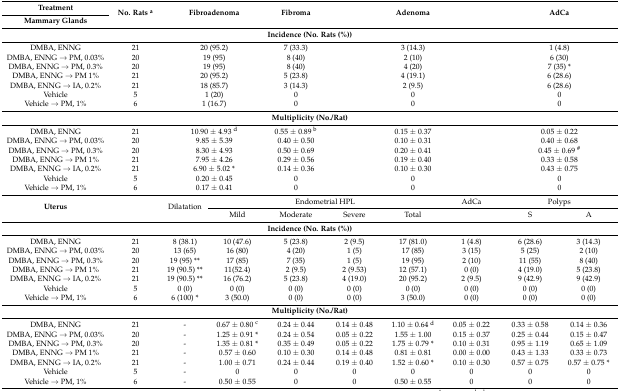
<table><thead><tr><td><b>Treatment</b></td><td rowspan="2"><b>No. Rats <sup>a</sup></b></td><td rowspan="2" colspan="2"><b>Fibroadenoma</b></td><td rowspan="2"><b>Fibroma</b></td><td rowspan="2" colspan="3"><b>Adenoma</b></td><td rowspan="2" colspan="2"><b>AdCa</b></td></tr><tr><td><b>Mammary Glands</b></td></tr></thead><tbody><tr><td colspan="10"><b>Incidence (No. Rats (%))</b></td></tr><tr><td>DMBA, ENNG</td><td>21</td><td colspan="2">20 (95.2)</td><td>7 (33.3)</td><td colspan="3">3 (14.3)</td><td colspan="2">1 (4.8)</td></tr><tr><td>DMBA, ENNG → PM, 0.03%</td><td>20</td><td colspan="2">19 (95)</td><td>8 (40)</td><td colspan="3">2 (10)</td><td colspan="2">6 (30)</td></tr><tr><td>DMBA, ENNG → PM, 0.3%</td><td>20</td><td colspan="2">19 (95)</td><td>8 (40)</td><td colspan="3">4 (20)</td><td colspan="2">7 (35) *</td></tr><tr><td>DMBA, ENNG → PM 1%</td><td>21</td><td colspan="2">20 (95.2)</td><td>5 (23.8)</td><td colspan="3">4 (19.1)</td><td colspan="2">6 (28.6)</td></tr><tr><td>DMBA, ENNG → IA, 0.2%</td><td>21</td><td colspan="2">18 (85.7)</td><td>3 (14.3)</td><td colspan="3">2 (9.5)</td><td colspan="2">6 (28.6)</td></tr><tr><td>Vehicle</td><td>5</td><td colspan="2">1 (20)</td><td>0</td><td colspan="3">0</td><td colspan="2">0</td></tr><tr><td>Vehicle → PM, 1%</td><td>6</td><td colspan="2">1 (16.7)</td><td>0</td><td colspan="3">0</td><td colspan="2">0</td></tr><tr><td colspan="10"><b>Multiplicity (No./Rat)</b></td></tr><tr><td>DMBA, ENNG</td><td>21</td><td colspan="2">10.90 ± 4.93 <sup>d</sup></td><td>0.55 ± 0.89 <sup>b</sup></td><td colspan="3">0.15 ± 0.37</td><td colspan="2">0.05 ± 0.22</td></tr><tr><td>DMBA, ENNG → PM, 0.03%</td><td>20</td><td colspan="2">9.85 ± 5.39</td><td>0.40 ± 0.50</td><td colspan="3">0.10 ± 0.31</td><td colspan="2">0.40 ± 0.68</td></tr><tr><td>DMBA, ENNG → PM, 0.3%</td><td>20</td><td colspan="2">8.30 ± 4.93</td><td>0.50 ± 0.69</td><td colspan="3">0.20 ± 0.41</td><td colspan="2">0.45 ± 0.69 <sup>#</sup></td></tr><tr><td>DMBA, ENNG → PM 1%</td><td>21</td><td colspan="2">7.95 ± 4.26</td><td>0.29 ± 0.56</td><td colspan="3">0.19 ± 0.40</td><td colspan="2">0.33 ± 0.58</td></tr><tr><td>DMBA, ENNG → IA, 0.2%</td><td>21</td><td colspan="2">6.90 ± 5.02 *</td><td>0.14 ± 0.36</td><td colspan="3">0.10 ± 0.30</td><td colspan="2">0.43 ± 0.75</td></tr><tr><td>Vehicle</td><td>5</td><td colspan="2">0.20 ± 0.45</td><td>0</td><td colspan="3">0</td><td colspan="2">0</td></tr><tr><td>Vehicle → PM, 1%</td><td>6</td><td colspan="2">0.17 ± 0.41</td><td>0</td><td colspan="3">0</td><td colspan="2">0</td></tr><tr><td rowspan="2"><b>Uterus</b></td><td rowspan="2"></td><td rowspan="2">Dilatation</td><td colspan="4">Endometrial HPL</td><td>AdCa</td><td colspan="2">Polyps</td></tr><tr><td>Mild</td><td>Moderate</td><td>Severe</td><td>Total</td><td></td><td>S</td><td>A</td></tr><tr><td colspan="10"><b>Incidence (No. Rats (%))</b></td></tr><tr><td>DMBA, ENNG</td><td>21</td><td>8 (38.1)</td><td>10 (47.6)</td><td>5 (23.8)</td><td>2 (9.5)</td><td>17 (81.0)</td><td>1 (4.8)</td><td>6 (28.6)</td><td>3 (14.3)</td></tr><tr><td>DMBA, ENNG → PM, 0.03%</td><td>20</td><td>13 (65)</td><td>16 (80)</td><td>4 (20)</td><td>1 (5)</td><td>17 (85)</td><td>3 (15)</td><td>5 (25)</td><td>2 (10)</td></tr><tr><td>DMBA, ENNG → PM, 0.3%</td><td>20</td><td>19 (95) **</td><td>17 (85)</td><td>7 (35)</td><td>1 (5)</td><td>19 (95)</td><td>2 (10)</td><td>11 (55)</td><td>8 (40)</td></tr><tr><td>DMBA, ENNG → PM 1%</td><td>21</td><td>19 (90.5) **</td><td>11(52.4)</td><td>2 (9.5)</td><td>2 (9.53)</td><td>12 (57.1)</td><td>0 (0)</td><td>4 (19.0)</td><td>5 (23.8)</td></tr><tr><td>DMBA, ENNG → IA, 0.2%</td><td>21</td><td>19 (90.5) **</td><td>16 (76.2)</td><td>5 (23.8)</td><td>4 (19.0)</td><td>20 (95.2)</td><td>2 (9.5)</td><td>9 (42.9)</td><td>9 (42.9)</td></tr><tr><td>Vehicle</td><td>5</td><td>0 (0)</td><td>0 (0)</td><td>0 (0)</td><td>0 (0)</td><td>0 (0)</td><td>0 (0)</td><td>0 (0)</td><td>0 (0)</td></tr><tr><td>Vehicle → PM, 1%</td><td>6</td><td>6 (100) *</td><td>3 (50.0)</td><td>0 (0)</td><td>0 (0)</td><td>3 (50.0)</td><td>0 (0)</td><td>0 (0)</td><td>0 (0)</td></tr><tr><td colspan="10"><b>Multiplicity (No./Rat)</b></td></tr><tr><td>DMBA, ENNG</td><td>21</td><td>-</td><td>0.67 ± 0.80 <sup>c</sup></td><td>0.24 ± 0.44</td><td>0.14 ± 0.48</td><td>1.10 ± 0.64 <sup>d</sup></td><td>0.05 ± 0.22</td><td>0.33 ± 0.58</td><td>0.14 ± 0.36</td></tr><tr><td>DMBA, ENNG → PM, 0.03%</td><td>20</td><td>-</td><td>1.25 ± 0.91 *</td><td>0.24 ± 0.54</td><td>0.05 ± 0.22</td><td>1.55 ± 1.00</td><td>0.15 ± 0.37</td><td>0.25 ± 0.44</td><td>0.15 ± 0.47</td></tr><tr><td>DMBA, ENNG → PM, 0.3%</td><td>20</td><td>-</td><td>1.35 ± 0.81 *</td><td>0.35 ± 0.49</td><td>0.05 ± 0.22</td><td>1.75 ± 0.79 *</td><td>0.10 ± 0.31</td><td>0.95 ± 1.19</td><td>0.65 ± 1.09</td></tr><tr><td>DMBA, ENNG → PM 1%</td><td>21</td><td>-</td><td>0.57 ± 0.60</td><td>0.10 ± 0.30</td><td>0.14 ± 0.48</td><td>0.81 ± 0.81</td><td>0.00 ± 0.00</td><td>0.43 ± 1.33</td><td>0.33 ± 0.73</td></tr><tr><td>DMBA, ENNG → IA, 0.2%</td><td>21</td><td>-</td><td>1.00 ± 0.71</td><td>0.24 ± 0.44</td><td>0.19 ± 0.40</td><td>1.52 ± 0.60 *</td><td>0.10 ± 0.30</td><td>0.57 ± 0.75</td><td>0.57 ± 0.75 *</td></tr><tr><td>Vehicle</td><td>5</td><td>-</td><td>0</td><td>0</td><td>0</td><td>0</td><td>0</td><td>0</td><td>0</td></tr><tr><td>Vehicle → PM, 1%</td><td>6</td><td>-</td><td>0.50 ± 0.55</td><td>0</td><td>0</td><td>0.50 ± 0.55</td><td>0</td><td>0</td><td>0</td></tr></tbody></table>